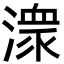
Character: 潨